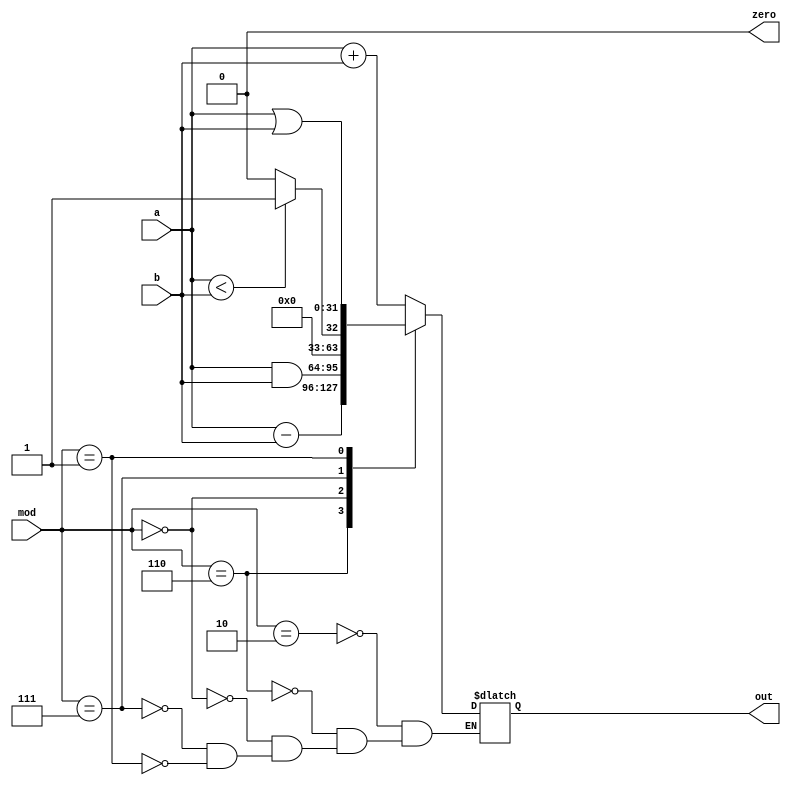
`timescale 1ns / 1ps
//////////////////////////////////////////////////////////////////////////////////
// Company: 
// Engineer: 
// 
// Design Name: 
// Module Name:    alu 
// Project Name: 
// Target Devices: 
// Tool versions: 
// Description: 
//
// Dependencies: 
//
// Revision: 
// Revision 0.01 - File Created
// Additional Comments: 
//
//////////////////////////////////////////////////////////////////////////////////
module alu(input [31:0] a,b,
			  input [2:0] mod,
			  output reg [31:0] out,
			  output zero
    );
	
	assign zero = 0; // = (a-b == 32'b0) ? 1 : 0;
	
	always @(*)
		case(mod)
			3'b010: out = a+b;
			3'b110: out = a-b;
			3'b000: out = a&b;
			//3'b001: out = !(a|b);
			3'b111: out = (a<b) ? 1:0;
			3'b001: out = a|b;
		endcase
endmodule